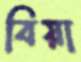
বিয়া